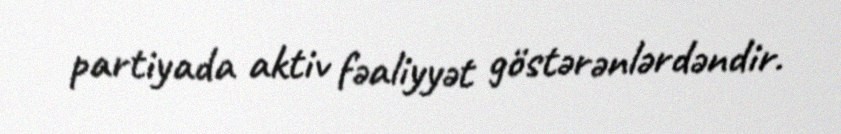
partiyada aktiv fəaliyyət göstərənlərdəndir.